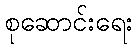
စုဆောင်းရေး